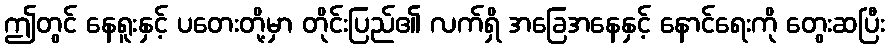
ဤတွင် နေရူးနှင့် ပတေးတို့မှာ တိုင်းပြည်၏ လက်ရှိ အခြေအနေနှင့် နောင်ရေးကို တွေးဆပြီး